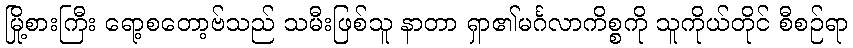
မြို့စားကြီး ရော့စတော့ဗ်သည် သမီးဖြစ်သူ နာတာ ရှာ၏မင်္ဂလာကိစ္စကို သူကိုယ်တိုင် စီစဉ်ရာ